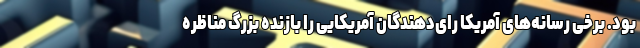
بود. برخی رسانه‌های آمریکا رای‌دهندگان آمریکایی را بازنده بزرگ مناظره